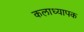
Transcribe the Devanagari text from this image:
कलाध्यापक